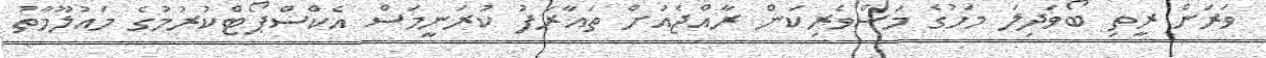
ވަރަށް ރީތި ބޯވަދިލަ މަހުގެ މަސްވެރިކަން ރާއްޖެއަށް ތައާރަފު ކުރަނީމަސް އެކްސްޕޯޓްކުރުމުގެ މައުލޫމާތު